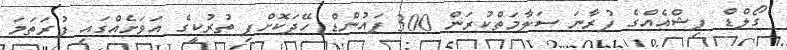
ގޯލްޑް ފިޝްއެއްގެ ފުރާނަ ސަލާމަތްކުރަން 300 ޕައުންޑް ހޭދަކޮށްފި ތުރުކީގެ އަވަށެއްގައި ފުރަތަމަ